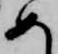
め